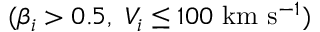
( \beta _ { i } > 0 . 5 , ~ V _ { i } \leq 1 0 0 ~ \mathrm { k m } ~ \mathrm { s } ^ { - 1 } )